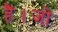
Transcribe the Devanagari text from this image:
हैं।जो